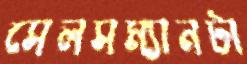
সেলসম্যানটা